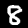
Digit: 8